Vaccination in Bombay 1856-1862 - 1856-1862
Year: 1856
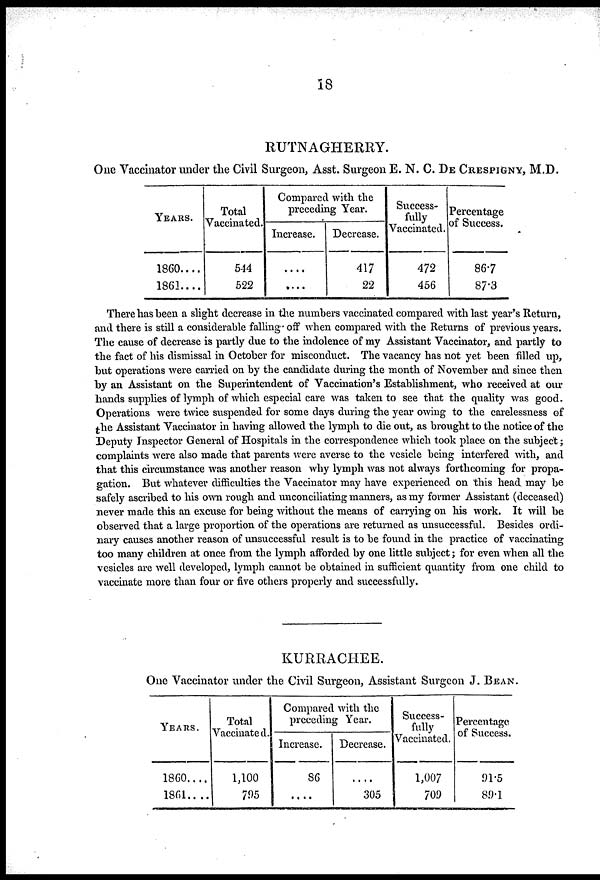
18
RUTNAGHERRY.
One Vaccinator under the Civil Surgeon, Asst. Surgeon E. N. C. DE CRESPIGNY, M.D.
YEARS.
1860....
1861....
Total
Vaccinated.
544
522
Compared with the
preceding Year.
Increase.
....
....
Decrease.
417
22
Success-
fully
Vaccinated.
472
456
Percentage
of Success.
86.7
87.3
There has been a slight decrease in the numbers vaccinated compared with last year's Return,
and there is still a considerable falling off when compared with the Returns of previous years.
The cause of decrease is partly due to the indolence of my Assistant Vaccinator, and partly to
the fact of his dismissal in October for misconduct. The vacancy has not yet been filled up,
but operations were carried on by the candidate during the month of November and since then
by an Assistant on the Superintendent of Vaccination's Establishment, who received at our
hands supplies of lymph of which especial care was taken to see that the quality was good.
Operations were twice suspended for some days during the year owing to the carelessness of
the Assistant Vaccinator in having allowed the lymph to die out, as brought to the notice of the
Deputy Inspector General of Hospitals in the correspondence which took place on the subject;
complaints were also made that parents were averse to the vesicle being interfered with, and
that this circumstance was another reason why lymph was not always forthcoming for propa-
gation. But whatever difficulties the Vaccinator may have experienced on this head may be
safely ascribed to his own rough and unconciliating manners, as my former Assistant (deceased)
never made this an excuse for being without the means of carrying on his work. It will be
observed that a large proportion of the operations are returned as unsuccessful. Besides ordi-
nary causes another reason of unsuccessful result is to be found in the practice of vaccinating
too many children at once from the lymph afforded by one little subject; for even when all the
vesicles are well developed, lymph cannot be obtained in sufficient quantity from one child to
vaccinate more than four or five others properly and successfully.
KURRACHEE.
One Vaccinator under the Civil Surgeon, Assistant Surgeon J. BEAN.
YEARS.
1860....
1861.. ..
Total
Vaccinated.
1,100
795
Compared with the
preceding Year.
Increase.
86
....
Decrease.
....
305
Success-
fully
Vaccinated.
1,007
709
Percentage
of Success.
91.5
89.1